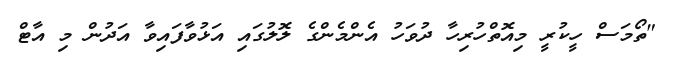
"ތޯމަސް ހީކުރީ މިއޮތްހުރިހާ ދުވަހު އެންމެންގެ ލޮލުގައި އަޅުވާފައިވާ އަދުން މި އާޓް